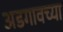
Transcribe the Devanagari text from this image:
अडगावच्या